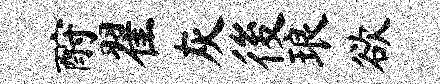
酹翟灰後琅欲